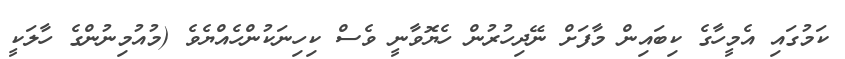
ކަމުގައި އެމީހާގެ ކިބައިން މާފަށް ނޭދިހުރުން ހެޔޮވާނީ ވެސް ކިހިނަކުންހެއްޔެވެ (މުއުމިނުންގެ ހާލަކީ